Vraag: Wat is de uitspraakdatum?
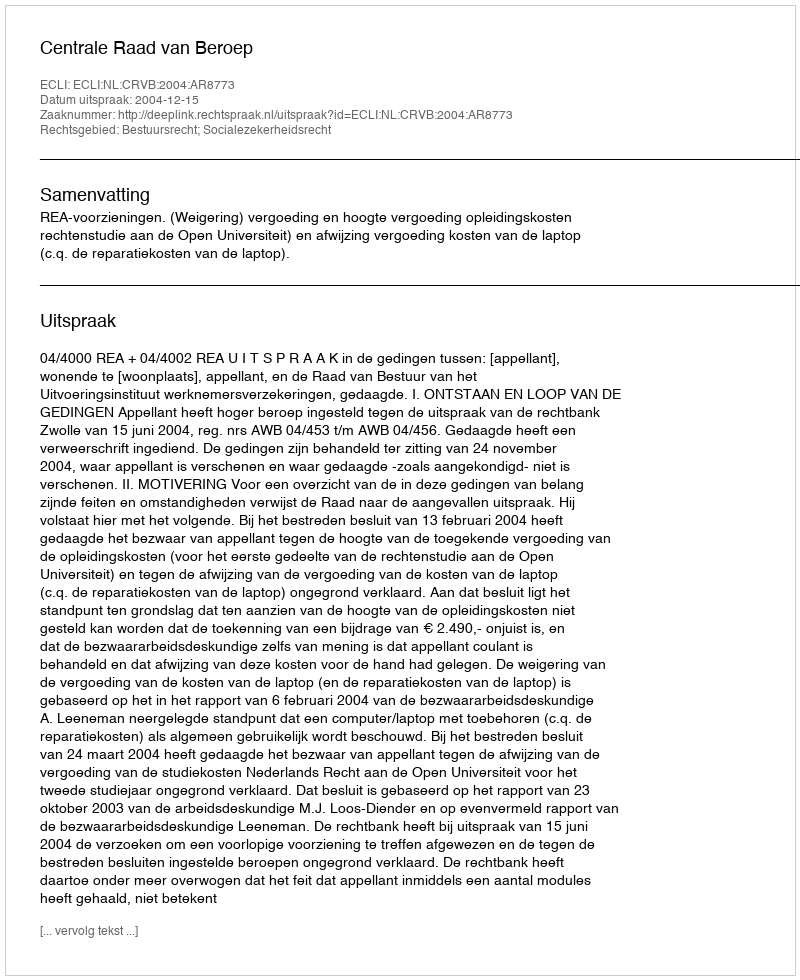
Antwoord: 2004-12-15